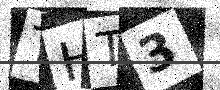
Text: THT3